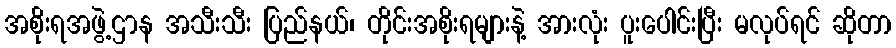
အစိုးရအဖွဲ့ဌာန အသီးသီး ပြည်နယ်၊ တိုင်းအစိုးရများနဲ့ အားလုံး ပူးပေါင်းပြီး မလုပ်ရင် ဆိုတာ